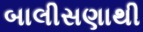
બાલીસણાથી